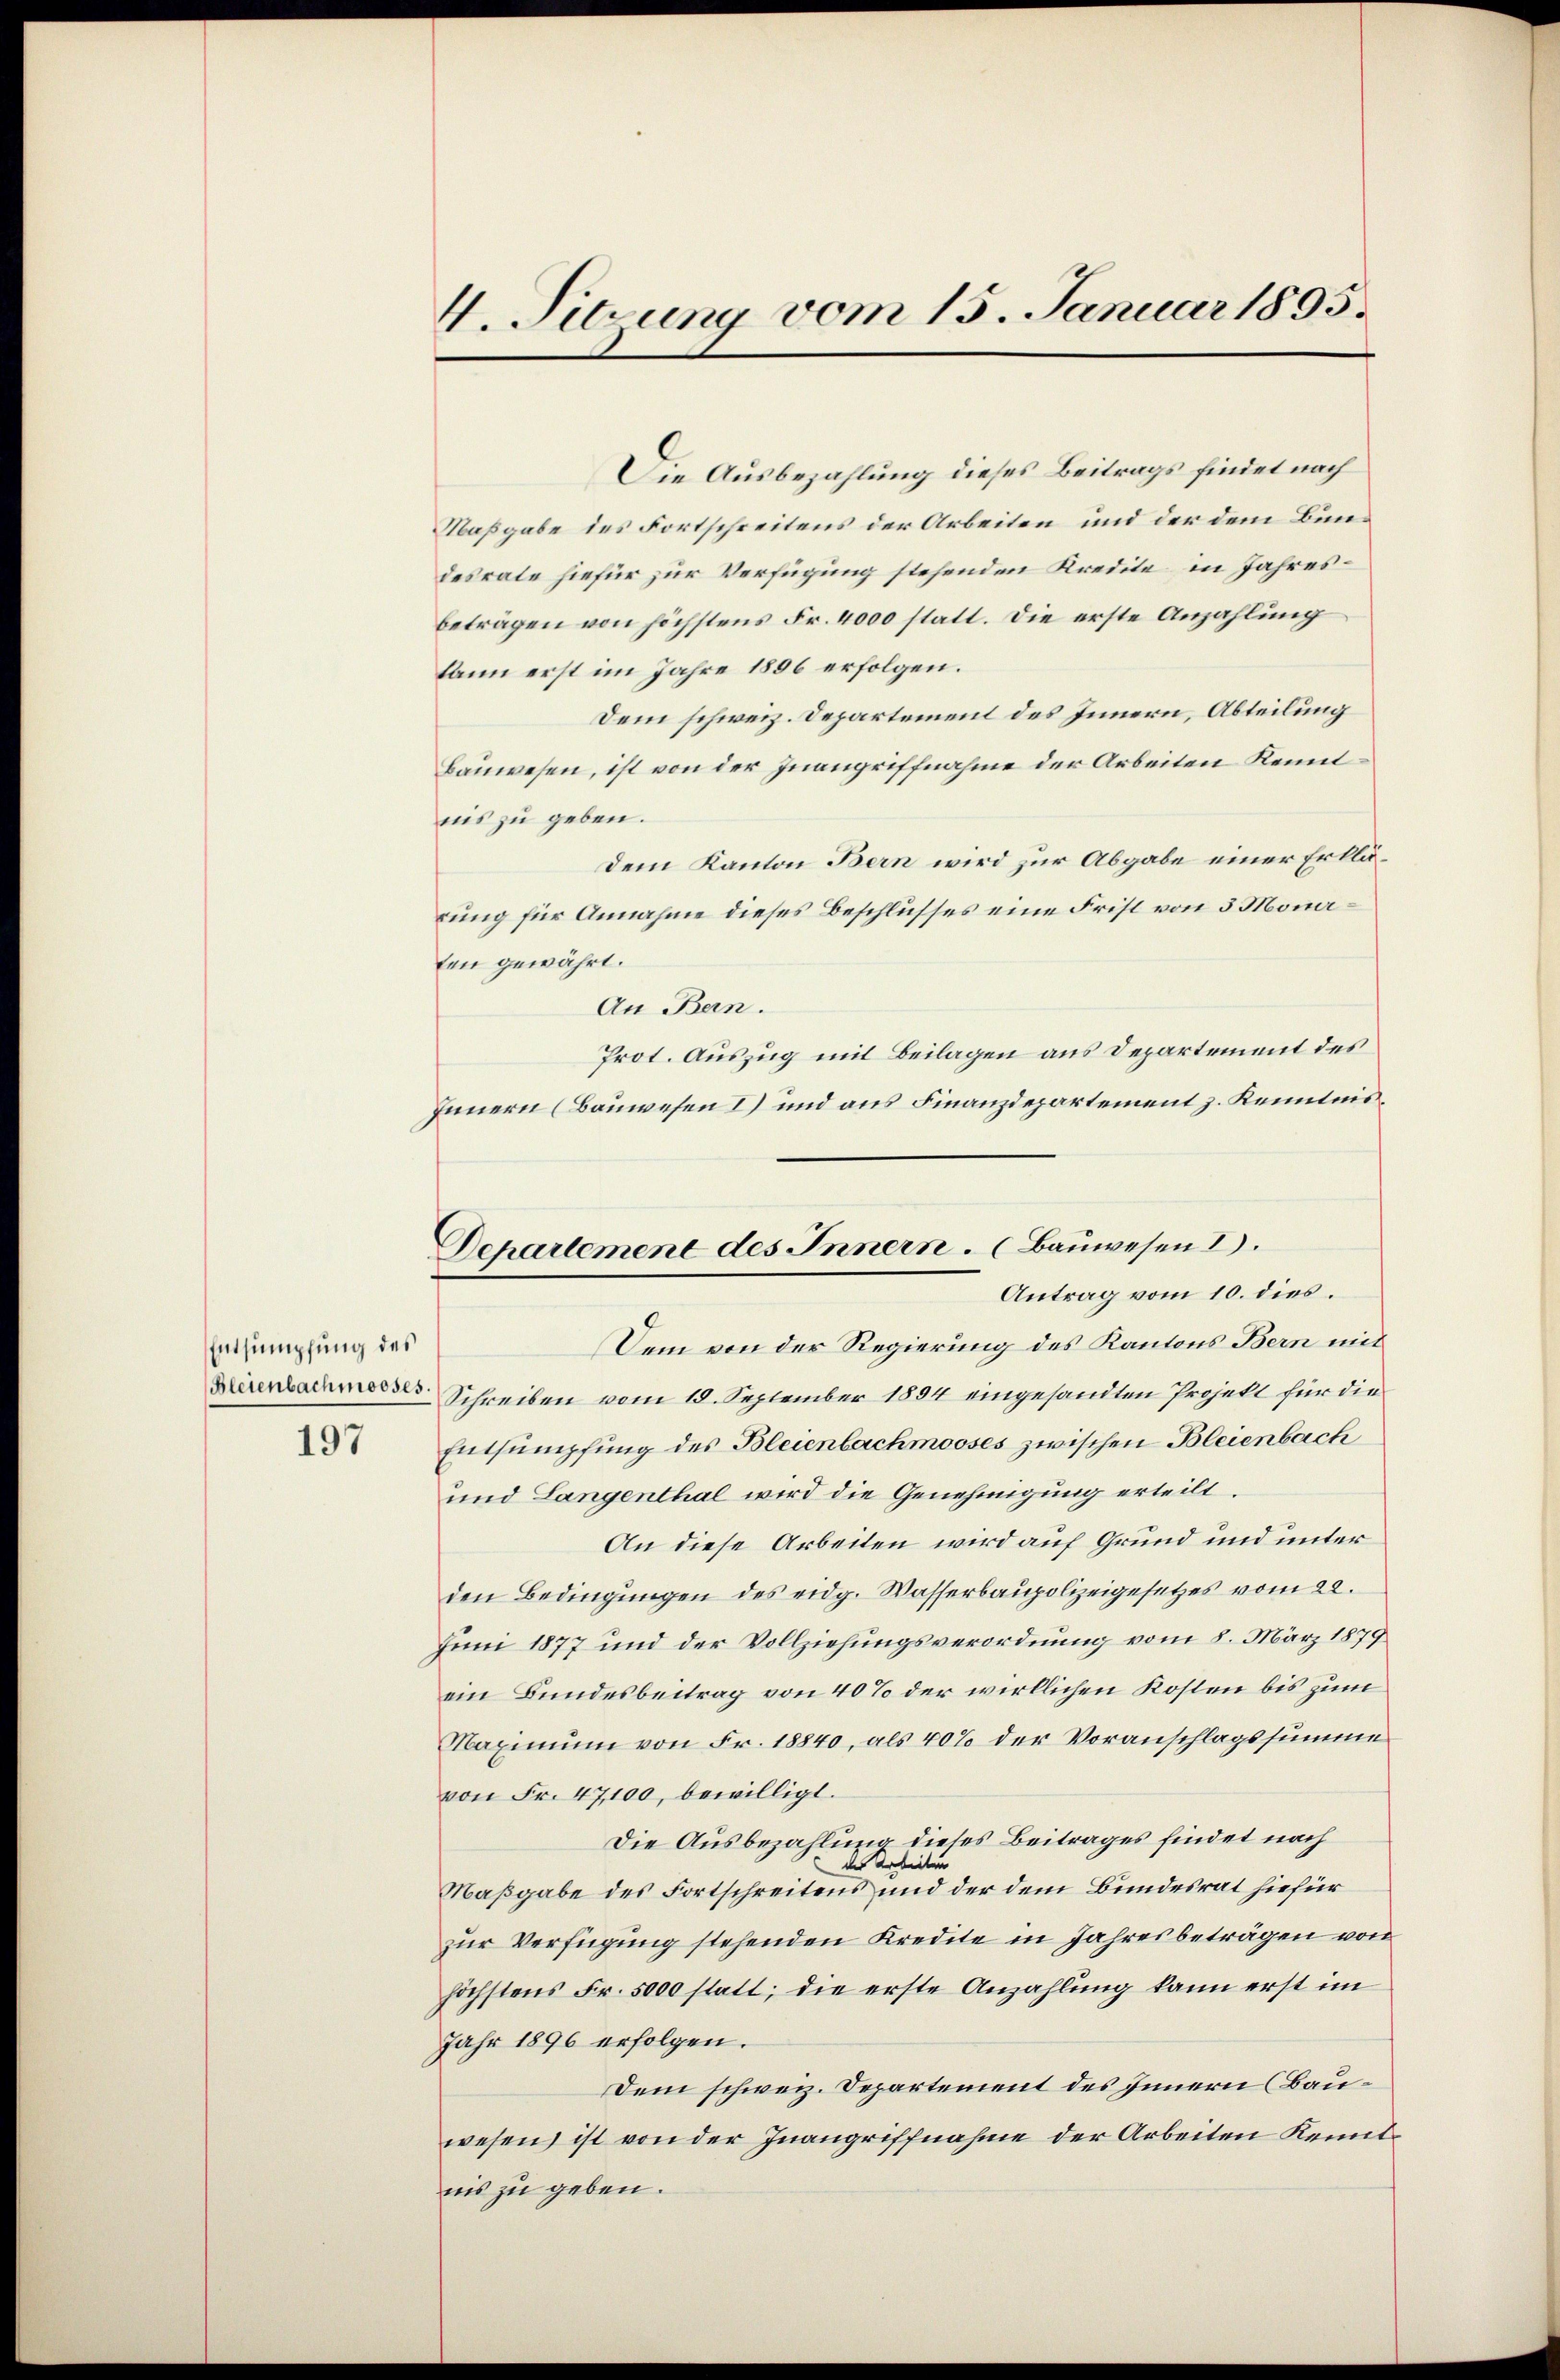
Entsumpfung des
197

4. Sitzung vom 15. Januar 1895.

Departement des Innern. (Bauwesen I.
Antrag vom 10. dies

Die Ausbezahlung dieses Beitrags findet nach
Maßgabe des Fortschreitens der Arbeiten und der dem Bundesrate hiefür zur Verfügung stehenden Kredite in Jahresbeträgen von höchstens Fr. 4000 statt. Die erste Anzahlung
kann erst im Jahre 1896 erfolgen.
Dem schweiz. Departement des Innern, Abteilung
Bauwesen, ist von der Inangriffnahme der Arbeiten Kenntnis zu geben.
Dem Kanton Bern wird zur Abgabe einer Erklärung für Annahme dieses Beschlusses eine Frist von 3 Monaten gewährt.
An Bern.
Prot. Auszug mit Beilagen aus Departement des
Innern (Bauwesen I) und aus Finanzdepartement z. Kenntnis¬
Sem von der Regierung des Kantons Bern mit
Kirendarmesser Schreiben vom 18. September 1894 eingesandten Projekt für die
Entsumpfung des Bleienbachmooses zwischen Bleienbach
und Langenthal wird die Genehmigung erteilt.
An diese Arbeiten wird auf Grund und unter
den Bedingungen des eidg. Wasserbaupolizeigesetzes vom 22.
Juni 1877 und der Vollziehungsverordnung vom 8. März 1879
ein Bundesbeitrag von 40% der wirklichen Kosten bis zum
Maximum von Fr. 18840, als 40% der Voranschlagssumme
von Fr. 47100, bewilligt.
Die Ausbezahlung dieses Beitrages findet nach
der Arbeiten
Maßgabe des Fortschreitens und der dem Bundesrat hiefür
zur Verfügung stehenden Kredite in Jahresbeträgen von
höchstens Fr. 5000 statt; die erste Anzahlung kann erst im
Jahr 1896 erfolgen.
Dem schweiz. Departement des Innern (Bauwesen ist von der Inangriffnahme der Arbeiten Kenntnis zu geben.